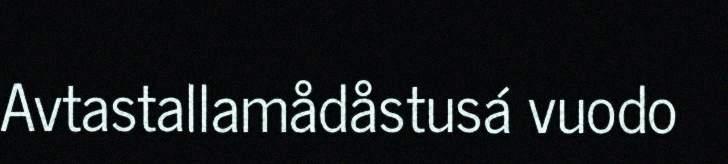
Avtastallamådåstusá vuodo